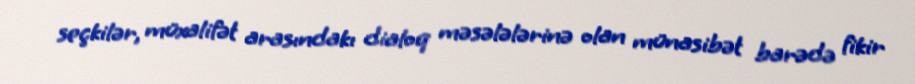
seçkilər, müxalifət arasındakı dialoq məsələlərinə olan münasibət barədə fikir